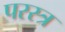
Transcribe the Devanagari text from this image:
परस्त्र